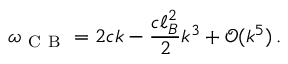
\omega _ { \mathrm { ~ C ~ B ~ } } = 2 c k - \frac { c \ell _ { B } ^ { 2 } } { 2 } k ^ { 3 } + \mathcal O ( k ^ { 5 } ) \, .